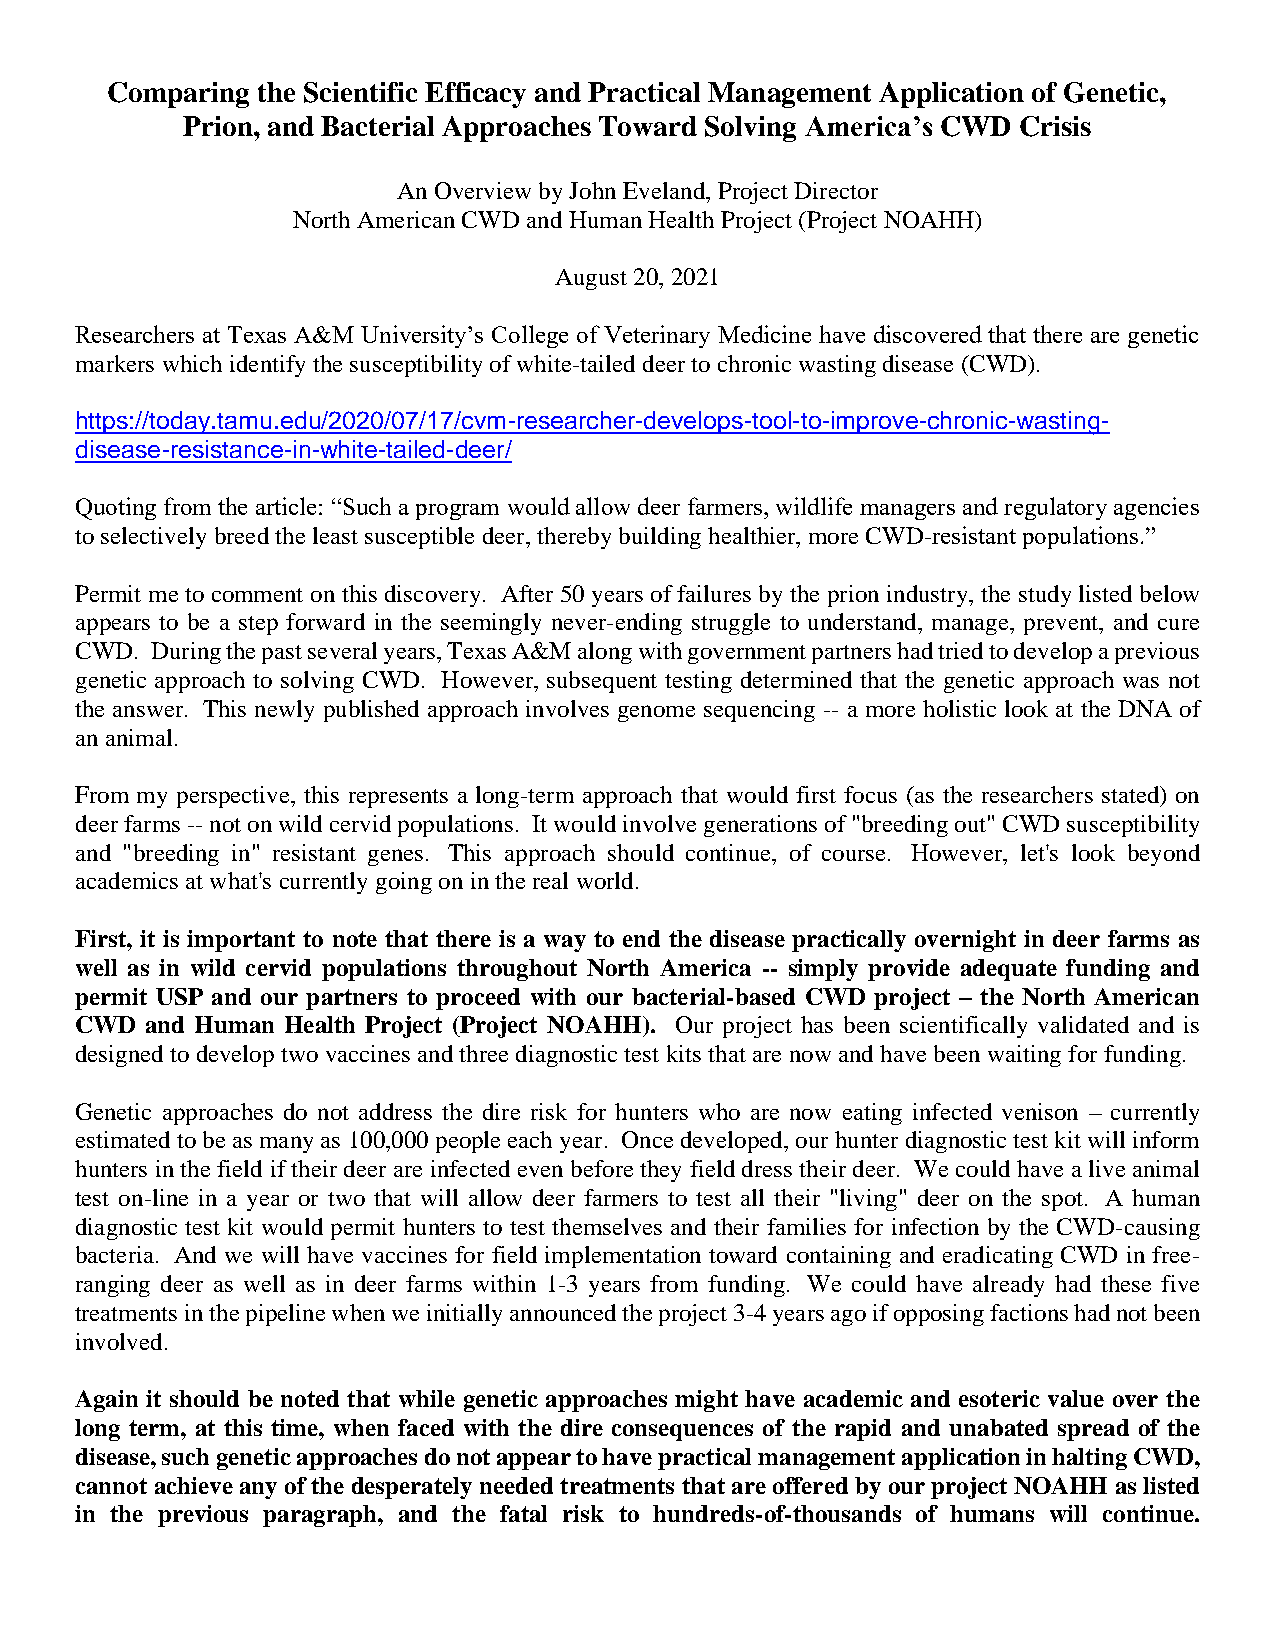
Comparing the Scientific Efficacy and Practical Management Application of Genetic,
 Prion, and Bacterial Approaches Toward Solving America’s CWD Crisis
 An Overview by John Eveland, Project Director
 North American CWD and Human Health Project (Project NOAHH)
 August 20, 2021
 Researchers at Texas A&M University’s College of Veterinary Medicine have discovered that there are genetic
 markers which identify the susceptibility of white-tailed deer to chronic wasting disease (CWD).
 https://today.tamu.edu/2020/07/17/cvm-researcher-develops-tool-to-improve-chronic-wasting-
 disease-resistance-in-white-tailed-deer/
 Quoting from the article: “Such a program would allow deer farmers, wildlife managers and regulatory agencies
 to selectively breed the least susceptible deer, thereby building healthier, more CWD-resistant populations.”
 Permit me to comment on this discovery. After 50 years of failures by the prion industry, the study listed below
 appears to be a step forward in the seemingly never-ending struggle to understand, manage, prevent, and cure
 CWD. During the past several years, Texas A&M along with government partners had tried to develop a previous
 genetic approach to solving CWD. However, subsequent testing determined that the genetic approach was not
 the answer. This newly published approach involves genome sequencing -- a more holistic look at the DNA of
 an animal.
 From my perspective, this represents a long-term approach that would first focus (as the researchers stated) on
 deer farms -- not on wild cervid populations. It would involve generations of "breeding out" CWD susceptibility
 and "breeding in" resistant genes. This approach should continue, of course. However, let's look beyond
 academics at what's currently going on in the real world.
 First, it is important to note that there is a way to end the disease practically overnight in deer farms as
 well as in wild cervid populations throughout North America -- simply provide adequate funding and
 permit USP and our partners to proceed with our bacterial-based CWD project – the North American
 CWD  and Human Health Project (Project NOAHH). Our project has been scientifically validated and is
 designed to develop two vaccines and three diagnostic test kits that are now and have been waiting for funding.
 Genetic approaches do not address the dire risk for hunters who are now eating infected venison – currently
 estimated to be as many as 100,000 people each year. Once developed, our hunter diagnostic test kit will inform
 hunters in the field if their deer are infected even before they field dress their deer. We could have a live animal
 test on-line in a year or two that will allow deer farmers to test all their "living" deer on the spot. A human
 diagnostic test kit would permit hunters to test themselves and their families for infection by the CWD-causing
 bacteria. And we will have vaccines for field implementation toward containing and eradicating CWD in free-
 ranging deer as well as in deer farms within 1-3 years from funding. We could have already had these five
 treatments in the pipeline when we initially announced the project 3-4 years ago if opposing factions had not been
 involved.
 Again it should be noted that while genetic approaches might have academic and esoteric value over the
 long term, at this time, when faced with the dire consequences of the rapid and unabated spread of the
 disease, such genetic approaches do not appear to have practical management application in halting CWD,
 cannot achieve any of the desperately needed treatments that are offered by our project NOAHH as listed
 in the previous paragraph, and the fatal risk to hundreds-of-thousands of humans will continue.